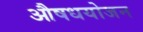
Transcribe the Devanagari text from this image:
औषधयोजन